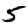
Digit: 5